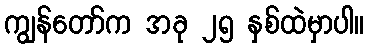
ကျွန်တော်က အခု ၂၅ နှစ်ထဲမှာပါ။